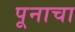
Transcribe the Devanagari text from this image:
पूनाचा